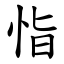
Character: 恉